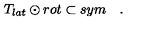
T _ { l a t } \odot r o t \subset s y m \quad .